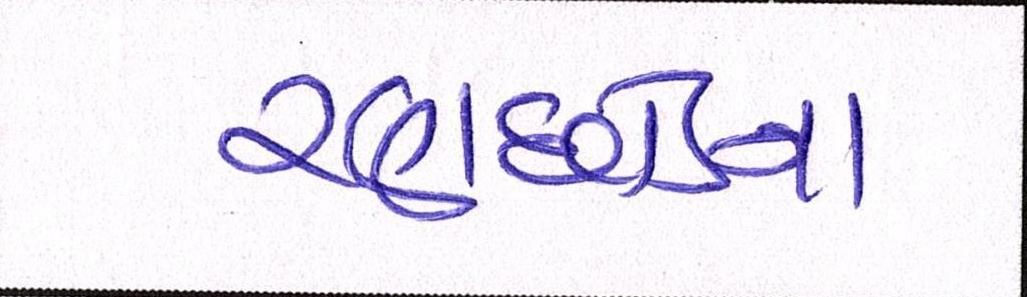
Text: રણછોડના